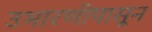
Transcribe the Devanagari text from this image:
उभारणीपासून